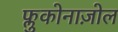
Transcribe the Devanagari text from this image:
फ्लुकोनाज़ोल